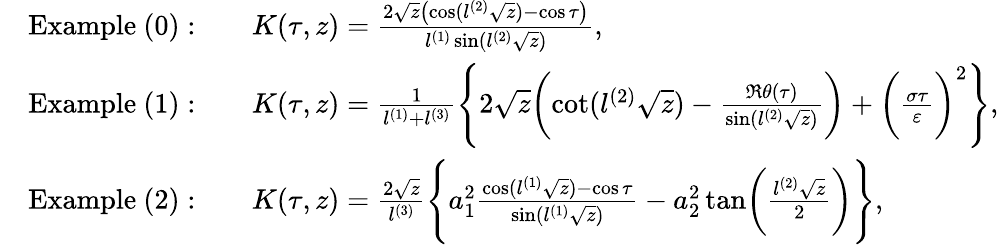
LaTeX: \begin{array}{rl}&{\mathrm{Example\ (0):}\qquad K(\tau,z)=\frac{2\sqrt{z}\bigl(\cos(l^{(2)}\sqrt{z})-\cos\tau\bigr)}{l^{(1)}\sin(l^{(2)}\sqrt{z})},}\\ &{\mathrm{Example\ (1):}\qquad K(\tau,z)=\frac{1}{l^{(1)}+l^{(3)}}\Biggl\{ 2\sqrt{z}\biggl(\cot(l^{(2)}\sqrt{z})-\frac{\Re\theta(\tau)}{\sin(l^{(2)}\sqrt{z})}\biggr)+\biggl(\frac{\sigma\tau}{\varepsilon}\biggr)^{2}\Biggr\} ,}\\ &{\mathrm{Example\ (2):}\qquad K(\tau,z)=\frac{2\sqrt{z}}{l^{(3)}}\Biggl\{ a_{1}^{2}\frac{\cos(l^{(1)}\sqrt{z})-\cos\tau}{\sin(l^{(1)}\sqrt{z})}-a_{2}^{2}\tan\biggl(\frac{l^{(2)}\sqrt{z}}{2}\biggr)\Biggr\} ,}\end{array}